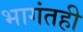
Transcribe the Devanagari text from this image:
भागंतही